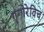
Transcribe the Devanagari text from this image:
गृगोरेविच